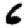
Digit: 6